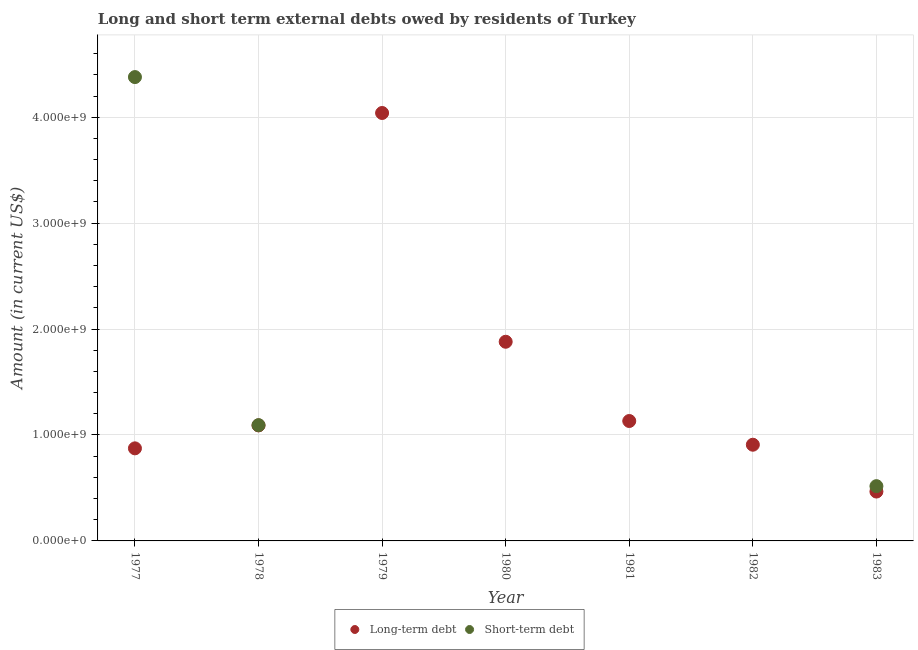
| Year | Long-term debt | Short-term debt |
 | --- | --- | --- |
 | 1977 | 8.74e+08 | 4.38e+09 |
 | 1978 | 1.09e+09 | 1.09e+09 |
 | 1979 | 4.04e+09 | -3.59e+09 |
 | 1980 | 1.88e+09 | -1.11e+09 |
 | 1981 | 1.13e+09 | -2.96e+08 |
 | 1982 | 9.08e+08 | -4.3e+08 |
 | 1983 | 4.66e+08 | 5.17e+08 |